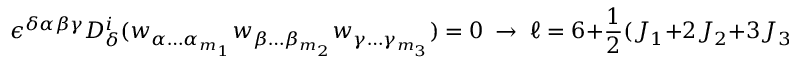
\epsilon ^ { \delta \alpha \beta \gamma } D _ { \delta } ^ { i } ( w _ { \alpha \ldots \alpha _ { m _ { 1 } } } w _ { \beta \ldots \beta _ { m _ { 2 } } } w _ { \gamma \ldots \gamma _ { m _ { 3 } } } ) = 0 \ \rightarrow \ \ell = 6 + { \frac { 1 } { 2 } } ( J _ { 1 } + 2 J _ { 2 } + 3 J _ { 3 } ) \; .